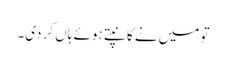
تو میں نے کانپتے ہوئے ہاں کر دی۔